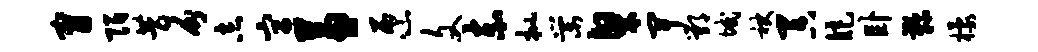
甯陌昔分志宫兼匝文赤批棠粲卑鄂域袂吞矩卧鞠檬